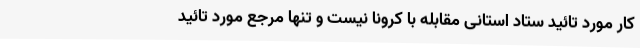
کار مورد تائید ستاد استانی مقابله با کرونا نیست و تنها مرجع مورد تائید